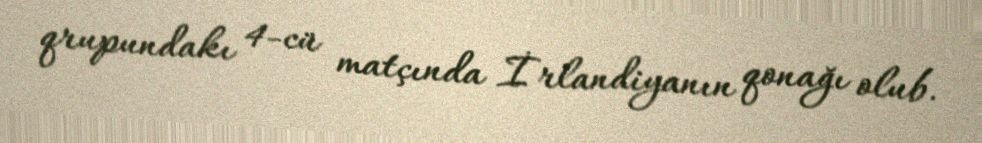
qrupundakı 4-cü matçında İrlandiyanın qonağı olub.